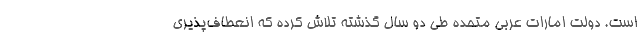
است. دولت امارات عربی متحده طی دو سال گذشته تلاش کرده که انعطاف‌پذیری